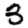
Digit: 3